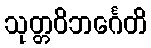
သုတ္တဝိဘင်္ဂေတိ